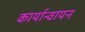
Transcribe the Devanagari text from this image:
कार्यान्वायन